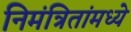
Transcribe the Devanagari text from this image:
निमंत्रितांमध्ये